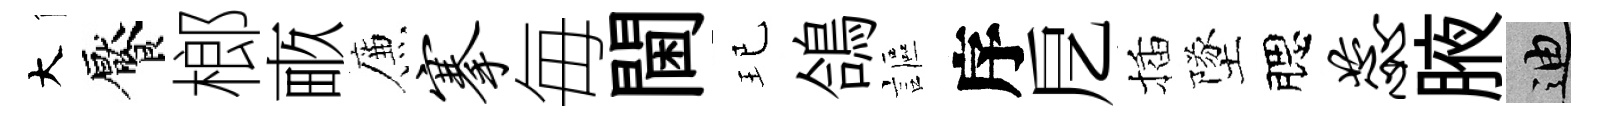
大饜榔畞簾搴毎閫玘鴿謳序戹插墜腮蕊腋迪